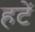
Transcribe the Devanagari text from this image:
हटें